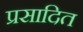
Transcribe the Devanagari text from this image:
प्रसादित